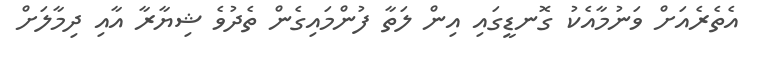
އެތެރެއަށް ވަނުމާއެކު ގޮނޑީގައި އިން ލަތާ ފުންމައިގެން ތެދުވެ ޝިޔާރާ އާއި ދިމާލަށް